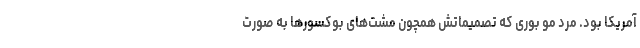
آمریکا بود. مرد مو بوری که تصمیماتش همچون مشت‌های بوکسورها به صورت